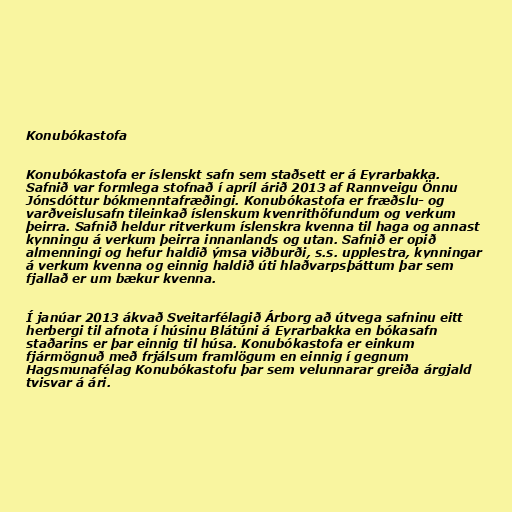
Konubókastofa

Konubókastofa er íslenskt safn sem staðsett er á Eyrarbakka.
Safnið var formlega stofnað í apríl árið 2013 af Rannveigu Önnu
Jónsdóttur bókmenntafræðingi. Konubókastofa er fræðslu- og
varðveislusafn tileinkað íslenskum kvenrithöfundum og verkum
þeirra. Safnið heldur ritverkum íslenskra kvenna til haga og annast
kynningu á verkum þeirra innanlands og utan. Safnið er opið
almenningi og hefur haldið ýmsa viðburði, s.s. upplestra, kynningar
á verkum kvenna og einnig haldið úti hlaðvarpsþáttum þar sem
fjallað er um bækur kvenna.

Í janúar 2013 ákvað Sveitarfélagið Árborg að útvega safninu eitt
herbergi til afnota í húsinu Blátúni á Eyrarbakka en bókasafn
staðarins er þar einnig til húsa. Konubókastofa er einkum
fjármögnuð með frjálsum framlögum en einnig í gegnum
Hagsmunafélag Konubókastofu þar sem velunnarar greiða árgjald
tvisvar á ári.